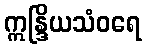
ဣန္ဒြိယသံဝရေ